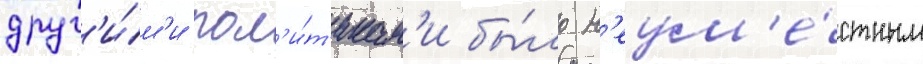
друг'и́м'и пол'и́т'икам'и бы́ло н'еум'е́стным